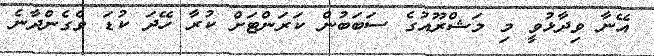
އޭނާ ވިދާޅުވީ މި މަޝްރޫއުގެ ސަބަބުން ކަރަންޓަށް ކުރާ ހޭދަ ކުޑަ ވެގެންދާނެ